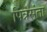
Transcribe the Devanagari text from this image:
पित्रसंता